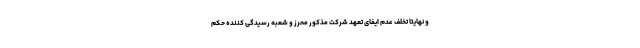
و نهایتا تخلف عدم ایفای تعهد شرکت مذکور محرز و شعبه رسیدگی کننده حکم